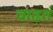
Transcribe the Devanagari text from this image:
वाढतं